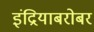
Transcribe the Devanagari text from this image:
इंद्रियाबरोबर